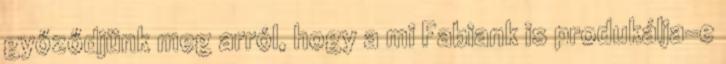
győződjünk meg arról, hogy a mi Fabiank is produkálja-e